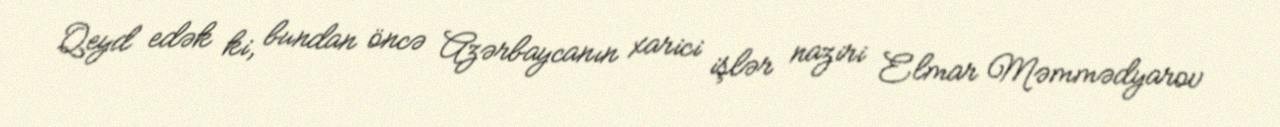
Qeyd edək ki, bundan öncə Azərbaycanın xarici işlər naziri Elmar Məmmədyarov